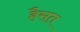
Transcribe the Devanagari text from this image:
हैसत